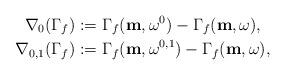
LaTeX: \begin{align*}\nabla_0(\Gamma_f)&:=\Gamma_f(\mathbf m,\omega^0)-\Gamma_f(\mathbf m,\omega),\\\nabla_{0,1}(\Gamma_f)&:=\Gamma_f(\mathbf m,\omega^{0,1})-\Gamma_f(\mathbf m,\omega),\end{align*}